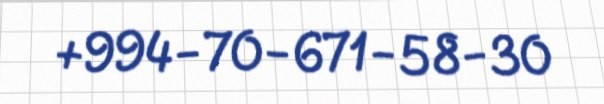
+994-70-671-58-30